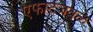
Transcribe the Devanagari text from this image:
एफाटेजवळ